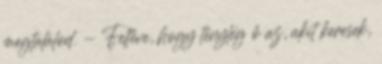
megtalálod. - Feltéve, hogy tényleg ő az, akit keresek,